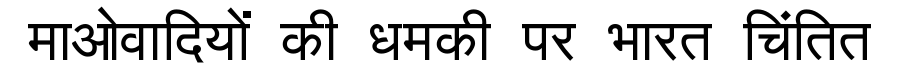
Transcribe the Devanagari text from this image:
माओवादियों की धमकी पर भारत चिंतित